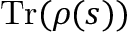
{ \mathrm { T r } } ( \rho ( s ) )